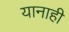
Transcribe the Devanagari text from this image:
यानाही